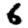
Digit: 6